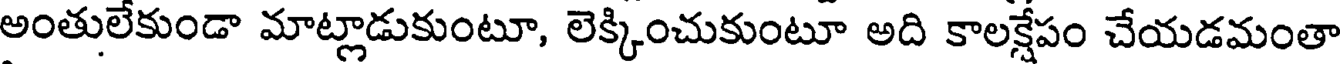
అంతులేకుండా మాట్లాడుకుంటూ, లెక్కించుకుంటూ అది కాలక్షేపం చేయడమంతా